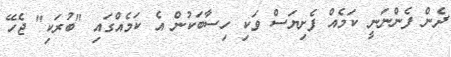
ދެން ފެންނަނީ ކަމެއް ފެށިޔަސް ވަކި ހިސާބަކުން އެ ކަމެއްގައި "ބުރަކި" ޖެހޭ